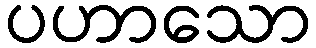
ပဟာသော